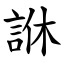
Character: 䛙